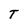
Character: T